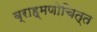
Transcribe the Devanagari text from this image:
ब्राह्मणोचित्त